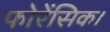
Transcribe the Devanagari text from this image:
फोरेंसिक।